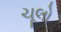
ચૂલો